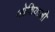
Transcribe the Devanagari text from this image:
ओशियाजी